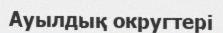
Ауылдық округтері